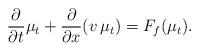
LaTeX: \begin{align*}\frac{\partial}{\partial t}\mu_t + \frac{\partial}{\partial x} (v\,\mu_t) = F_f( \mu_t).\end{align*}